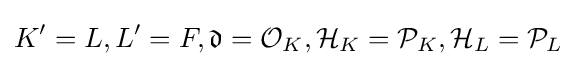
K'=L,L'=F,{\mathfrak {d}}={\mathcal {O}}_{K},{\mathcal {H}}_{K}={\mathcal {P}}_{K},{\mathcal {H}}_{L}={\mathcal {P}}_{L}